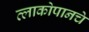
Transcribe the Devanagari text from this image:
त्लाकोपानचे